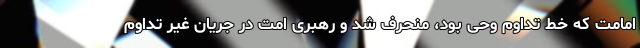
امامت که خط تداوم وحی بود، منحرف شد و رهبری امت در جریان غیر تداوم